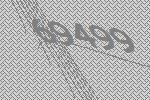
69499